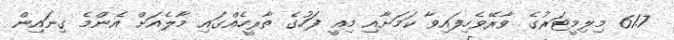
61.7 މިލިމީޓަރުގެ ވާރޭވެހިފައިވާ ކަމަށާއި މިއީ ފަހުގެ ތާރީހެއްގައި މާލެއަށް އެންމެ ގިނައިން